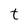
Character: t